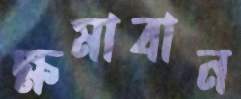
ক্ষমাবান